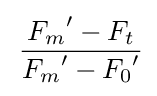
\,{\frac {{F_{m}}'-F_{t}}{{F_{m}}'-{F_{0}}'}}